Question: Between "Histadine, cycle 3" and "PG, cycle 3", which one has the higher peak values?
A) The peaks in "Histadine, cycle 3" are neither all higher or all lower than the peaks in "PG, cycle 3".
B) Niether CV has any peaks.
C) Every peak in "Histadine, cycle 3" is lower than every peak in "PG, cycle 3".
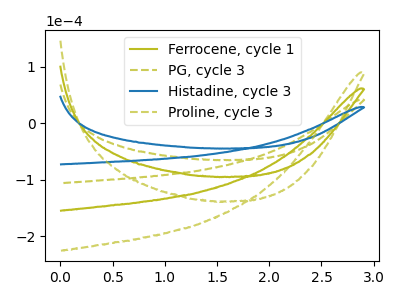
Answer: <think>The olive curve "Ferrocene, cycle 1" has no peaks. The olive dashed curve "PG, cycle 3" has no peaks. The blue curve "Histadine, cycle 3" has no peaks. The olive dashed curve "Proline, cycle 3" has no peaks.</think>
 <answer>B) Niether CV has any peaks.</answer>
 <eval>B</eval>